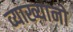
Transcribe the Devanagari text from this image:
व्याख्यानो